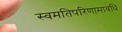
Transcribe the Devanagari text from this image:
स्वमतिपरिणामावधि